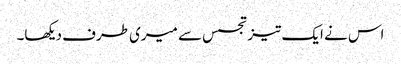
اس نے ایک تیز تجسس سے میری طرف دیکھا۔